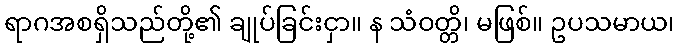
ရာဂအစရှိသည်တို့၏ ချုပ်ခြင်းငှာ။ န သံဝတ္တိ၊ မဖြစ်။ ဥပသမာယ၊